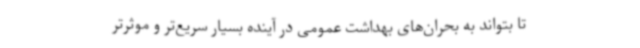
تا بتواند به بحران‌های بهداشت عمومی در آینده بسیار سریع‌تر و موثرتر